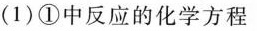
(1)①中反应的化学方程